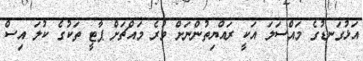
އަޅުގަނޑުގެ މައްސަލަ އަކީ ރައްޔިތުންނަށް ވުރެ މައްޗަށް ޕާޓީ ތަކުގެ ކުލަ އިސް